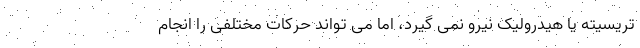
تریسیته یا هیدرولیک نیرو نمی گیرد، اما می تواند حرکات مختلفی را انجام